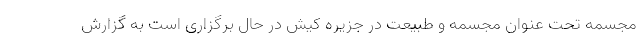
مجسمه تحت عنوان مجسمه و طبیعت در جزیره کیش در حال برگزاری است به گزارش